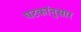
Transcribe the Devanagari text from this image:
घटकांनुसार